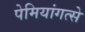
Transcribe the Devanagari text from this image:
पेमियांगत्से